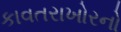
કાવતરાખોરનો